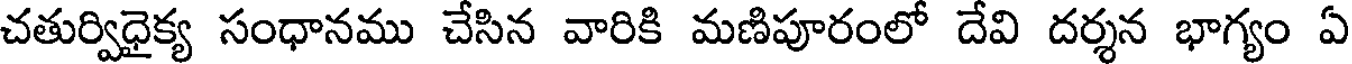
చతుర్విధైక్య సంధానము చేసిన వారికి మణిపూరంలో దేవి దర్శన భాగ్యం ఏ